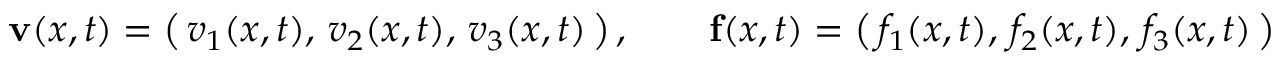
\mathbf { v } ( { \boldsymbol { x } } , t ) = { \big ( } \, v _ { 1 } ( { \boldsymbol { x } } , t ) , \, v _ { 2 } ( { \boldsymbol { x } } , t ) , \, v _ { 3 } ( { \boldsymbol { x } } , t ) \, { \big ) } \, , \qquad \mathbf { f } ( { \boldsymbol { x } } , t ) = { \big ( } \, f _ { 1 } ( { \boldsymbol { x } } , t ) , \, f _ { 2 } ( { \boldsymbol { x } } , t ) , \, f _ { 3 } ( { \boldsymbol { x } } , t ) \, { \big ) }